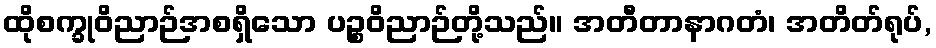
ထိုစက္ခုဝိညာဉ်အစရှိသော ပဉ္စဝိညာဉ်တို့သည်။ အတီတာနာဂတံ၊ အတိတ်ရုပ်,